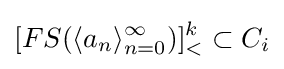
[FS(\langle a_{n}\rangle _{n=0}^{\infty })]_{<}^{k}\subset C_{i}